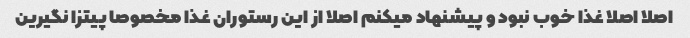
اصلا اصلا غذا خوب نبود و پیشنهاد میکنم اصلا از این رستوران غذا مخصوصا پیتزا نگیرین